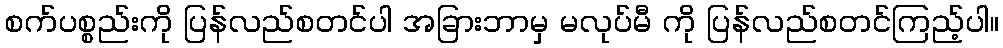
စက်ပစ္စည်းကို ပြန်လည်စတင်ပါ အခြားဘာမှ မလုပ်မီ ကို ပြန်လည်စတင်ကြည့်ပါ။